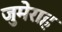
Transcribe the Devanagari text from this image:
जुमेराह